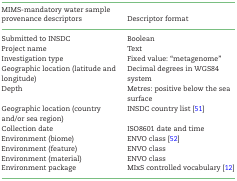
| MIMS-mandatory water sample provenance descriptors | Descriptor format |
 | --- | --- |
 | Submitted to INSDC | Boolean |
 | Project name | Text |
 | Investigation type | Fixed value: “metagenome” |
 | Geographic location (latitude and longitude) | Decimal degrees in WGS84 system |
 | Depth | Metres: positive below the sea surface |
 | Geographic location (country and/or sea region) | INSDC country list [51] |
 | Collection date | ISO8601 date and time |
 | Environment (biome) | ENVO class [52] |
 | Environment (feature) | ENVO class |
 | Environment (material) | ENVO class |
 | Environment package | MIxS controlled vocabulary [12] |